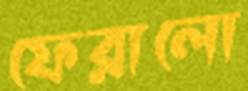
ফেরালো